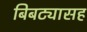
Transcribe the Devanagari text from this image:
बिबट्यासह